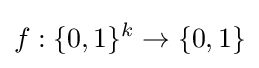
f:\{0,1\}^{k}\to \{0,1\}